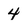
Character: 4